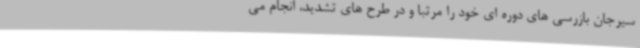
سیرجان بازرسی های دوره ای خود را مرتبا و در طرح های تشدید، انجام می